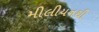
મીલીયનથી